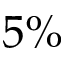
5 \%